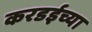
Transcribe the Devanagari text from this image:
करडईच्या